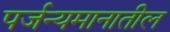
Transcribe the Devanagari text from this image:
पर्जन्यमानातील